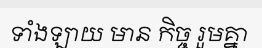
ទាំងឡាយ មាន កិច្ច រួមគ្នា